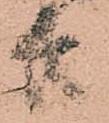
共